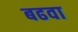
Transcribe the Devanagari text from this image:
बढवा